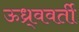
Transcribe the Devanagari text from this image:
ऊध्र्ववर्ती